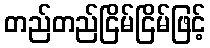
တည်တည်ငြိမ်ငြိမ်ဖြင့်